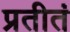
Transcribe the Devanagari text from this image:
प्रतीतं